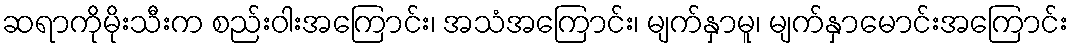
ဆရာကိုမိုးသီးက စည်းဝါးအကြောင်း၊ အသံအကြောင်း၊ မျက်နှာမူ၊ မျက်နှာမောင်းအကြောင်း